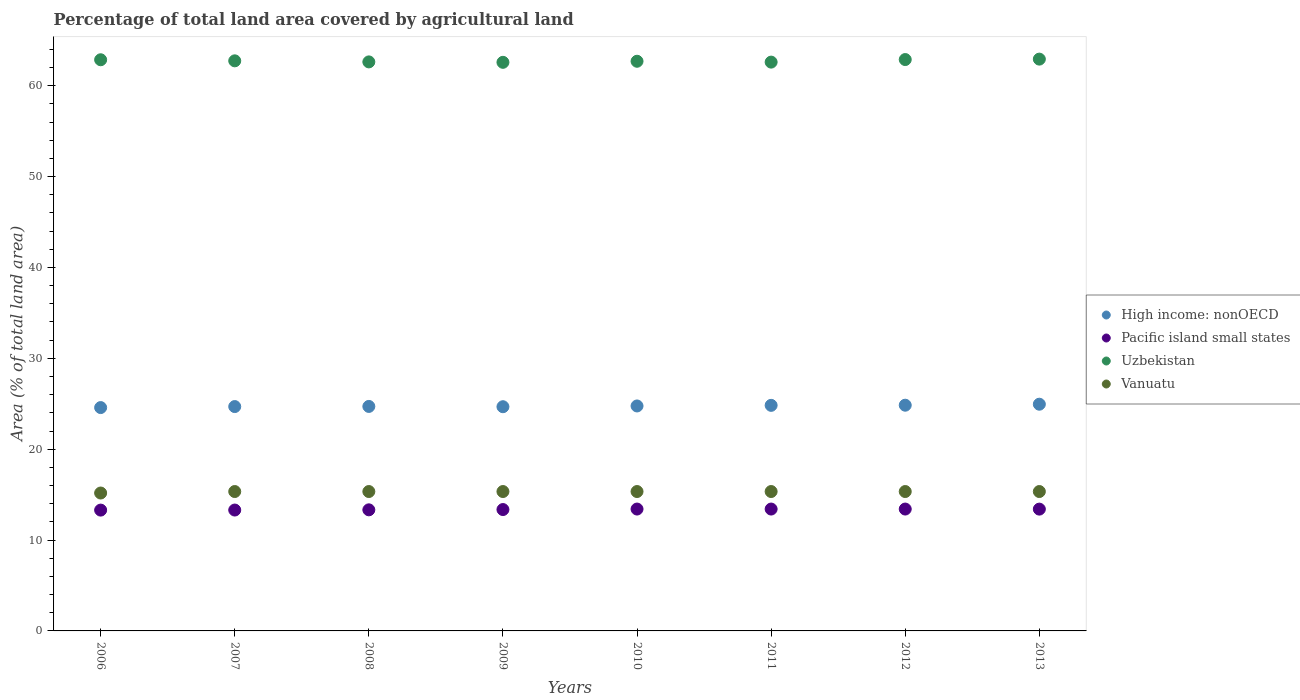
| Years | High income: nonOECD | Pacific island small states | Uzbekistan | Vanuatu |
 | --- | --- | --- | --- | --- |
 | 2006 | 24.6 | 13.3 | 62.9 | 15.2 |
 | 2007 | 24.7 | 13.3 | 62.7 | 15.3 |
 | 2008 | 24.7 | 13.3 | 62.6 | 15.3 |
 | 2009 | 24.7 | 13.4 | 62.6 | 15.3 |
 | 2010 | 24.8 | 13.4 | 62.7 | 15.3 |
 | 2011 | 24.8 | 13.4 | 62.6 | 15.3 |
 | 2012 | 24.8 | 13.4 | 62.9 | 15.3 |
 | 2013 | 25 | 13.4 | 62.9 | 15.3 |